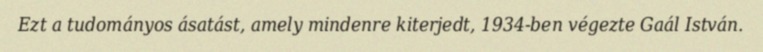
Ezt a tudományos ásatást, amely mindenre kiterjedt, 1934-ben végezte Gaál István.